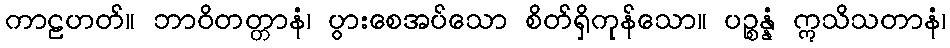
ကာဠဟတ်။ ဘာဝိတတ္တာနံ၊ ပွားစေအပ်သော စိတ်ရှိကုန်သော။ ပဉ္စန္နံ ဣသိသတာနံ၊